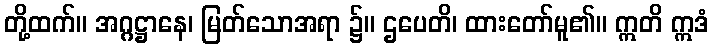
တို့ထက်။ အဂ္ဂဋ္ဌာနေ၊ မြတ်သောအရာ ၌။ ဌပေတိ၊ ထားတော်မူ၏။ ဣတိ ဣဒံ